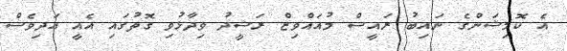
އެ ކޮމިޝަންގެ ނައިބު ރައީސް މުއައްވިޒް ރަޝީދު ވިދާޅުވި ގޮތުގައި އެއީ އަދިވެސް